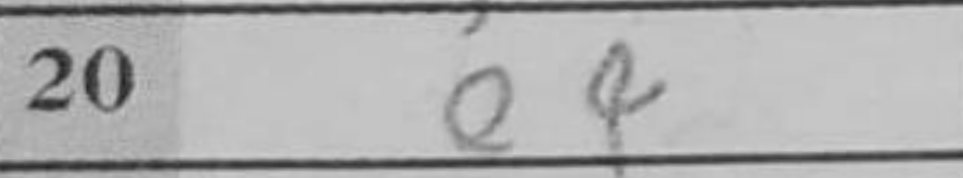
Transcription: e4